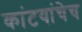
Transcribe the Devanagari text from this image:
कांटयांचेच